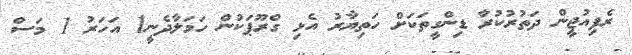
ރެފިއުޖީން ދަތުރުކުރާ ޑިންގީތަކަށް ހަތިޔާރު އެޅި ގްރޫޕަކުން ހަމަލާދެނީ1 އަހަރު 1 މަސް